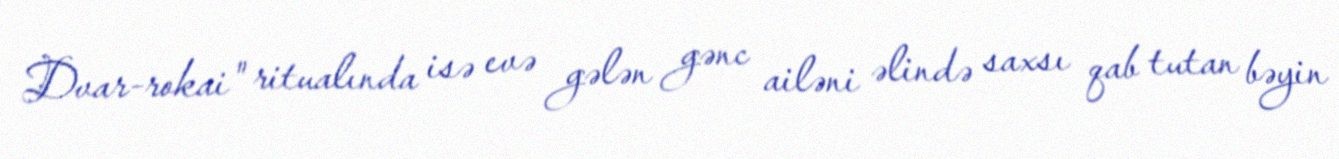
Dvar-rokai" ritualında isə evə gələn gənc ailəni əlində saxsı qab tutan bəyin